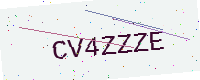
Text: CV4ZZZE